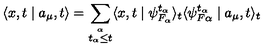
\langle x , t \mid a _ { \mu } , t \rangle = \sum _ { \stackrel { \alpha } { t _ { \alpha } \leq t } } \langle x , t \mid \psi _ { F _ { \alpha } } ^ { t _ { \alpha } } \rangle _ { t } \langle \psi _ { F \alpha } ^ { t _ { \alpha } } \mid a _ { \mu } , t \rangle _ { t }